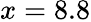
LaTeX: x=8.8